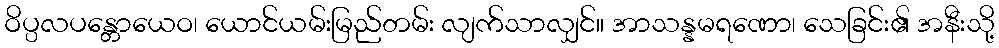
ဝိပ္ပလပန္တောယေဝ၊ ယောင်ယမ်းမြည်တမ်း လျက်သာလျှင်။ အာသန္နမရဏော၊ သေခြင်း၏ အနီးသို့